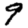
Digit: 9